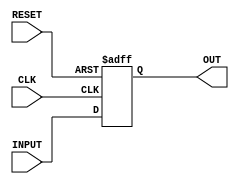
module regg(
    input wire       CLK,
    input wire       RESET,

    input wire [3:0] INPUT,
    output reg [3:0] OUT);

    initial begin
    OUT = 0;
    end

    always @(posedge CLK, posedge RESET) begin
        if (RESET) begin
            OUT     = 0;
        end else begin
            OUT     = INPUT;
        end

    end

endmodule